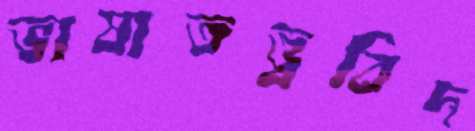
ভাষাতত্ত্ববিদ